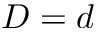
D = d